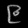
Digit: ၉